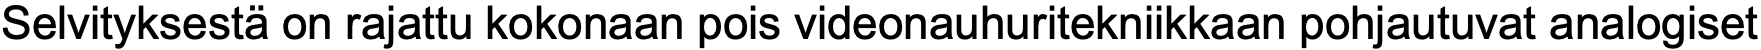
Selvityksestä on rajattu kokonaan pois videonauhuritekniikkaan pohjautuvat analogiset